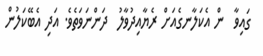
ގައިވާ  ން އެކަލާނގެއަށް ރެޔާއިދުވާލު  ދަންނަވަތެވެ. އަދި އެބޭކަލުން